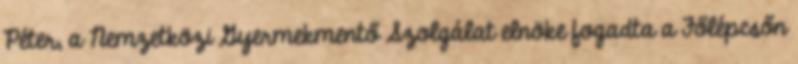
Péter, a Nemzetközi Gyermekmentő Szolgálat elnöke fogadta a Főlépcsőn